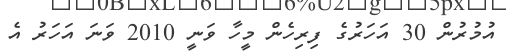
އުމުރުން 30 އަހަރުގެ ފިރިހެން މީހާ ވަނީ 2010 ވަނަ އަހަރު އެ